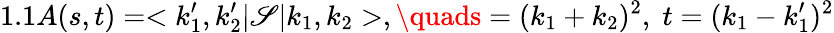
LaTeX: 1.1A(s,t)=<k_{1}^{\prime},k_{2}^{\prime}|\mathscr{S}|k_{1},k_{2}>,\quads=(k_{1}+k_{2})^{2},\; t=(k_{1}-k_{1}^{\prime})^{2}